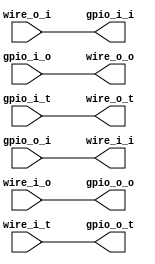
`timescale 1ns / 1ps

module wire_distributor(
gpio_i_i,
gpio_i_o,
gpio_i_t,
wire_o_i,
wire_o_o,
wire_o_t,

wire_i_i,
wire_i_o,
wire_i_t,
gpio_o_i,
gpio_o_o,
gpio_o_t
);

parameter TYPE = 0;
parameter WIDTH = 1;

output reg [WIDTH-1:0] gpio_i_i;
input [WIDTH-1:0] gpio_i_o;
input [WIDTH-1:0] gpio_i_t;
input [WIDTH-1:0] wire_o_i;
output reg [WIDTH-1:0] wire_o_o;
output reg [WIDTH-1:0] wire_o_t;

output reg [WIDTH-1:0] wire_i_i;
input [WIDTH-1:0] wire_i_o;
input [WIDTH-1:0] wire_i_t;
input [WIDTH-1:0] gpio_o_i;
output reg [WIDTH-1:0] gpio_o_o;
output reg [WIDTH-1:0] gpio_o_t;

genvar i;
generate
        for (i=0; i < WIDTH; i=i+1)
            begin
                always@(*) begin
                    gpio_i_i <= wire_o_i;
                    wire_o_o <= gpio_i_o;
                    wire_o_t <= gpio_i_t;
                    wire_i_i <= gpio_o_i;
                    gpio_o_o <= wire_i_o;
                    gpio_o_t <= wire_i_t;
                end
            end
endgenerate
endmodule